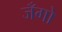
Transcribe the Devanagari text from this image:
जँगो